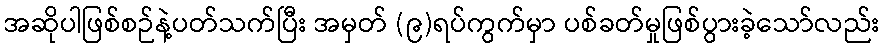
အဆိုပါဖြစ်စဉ်နဲ့ပတ်သက်ပြီး အမှတ် (၉)ရပ်ကွက်မှာ ပစ်ခတ်မှုဖြစ်ပွားခဲ့သော်လည်း